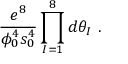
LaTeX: \frac { e ^ { 8 } } { \phi _ { 0 } ^ { 4 } s _ { 0 } ^ { 4 } } \prod _ { I = 1 } ^ { 8 } d \theta _ { I } \ .